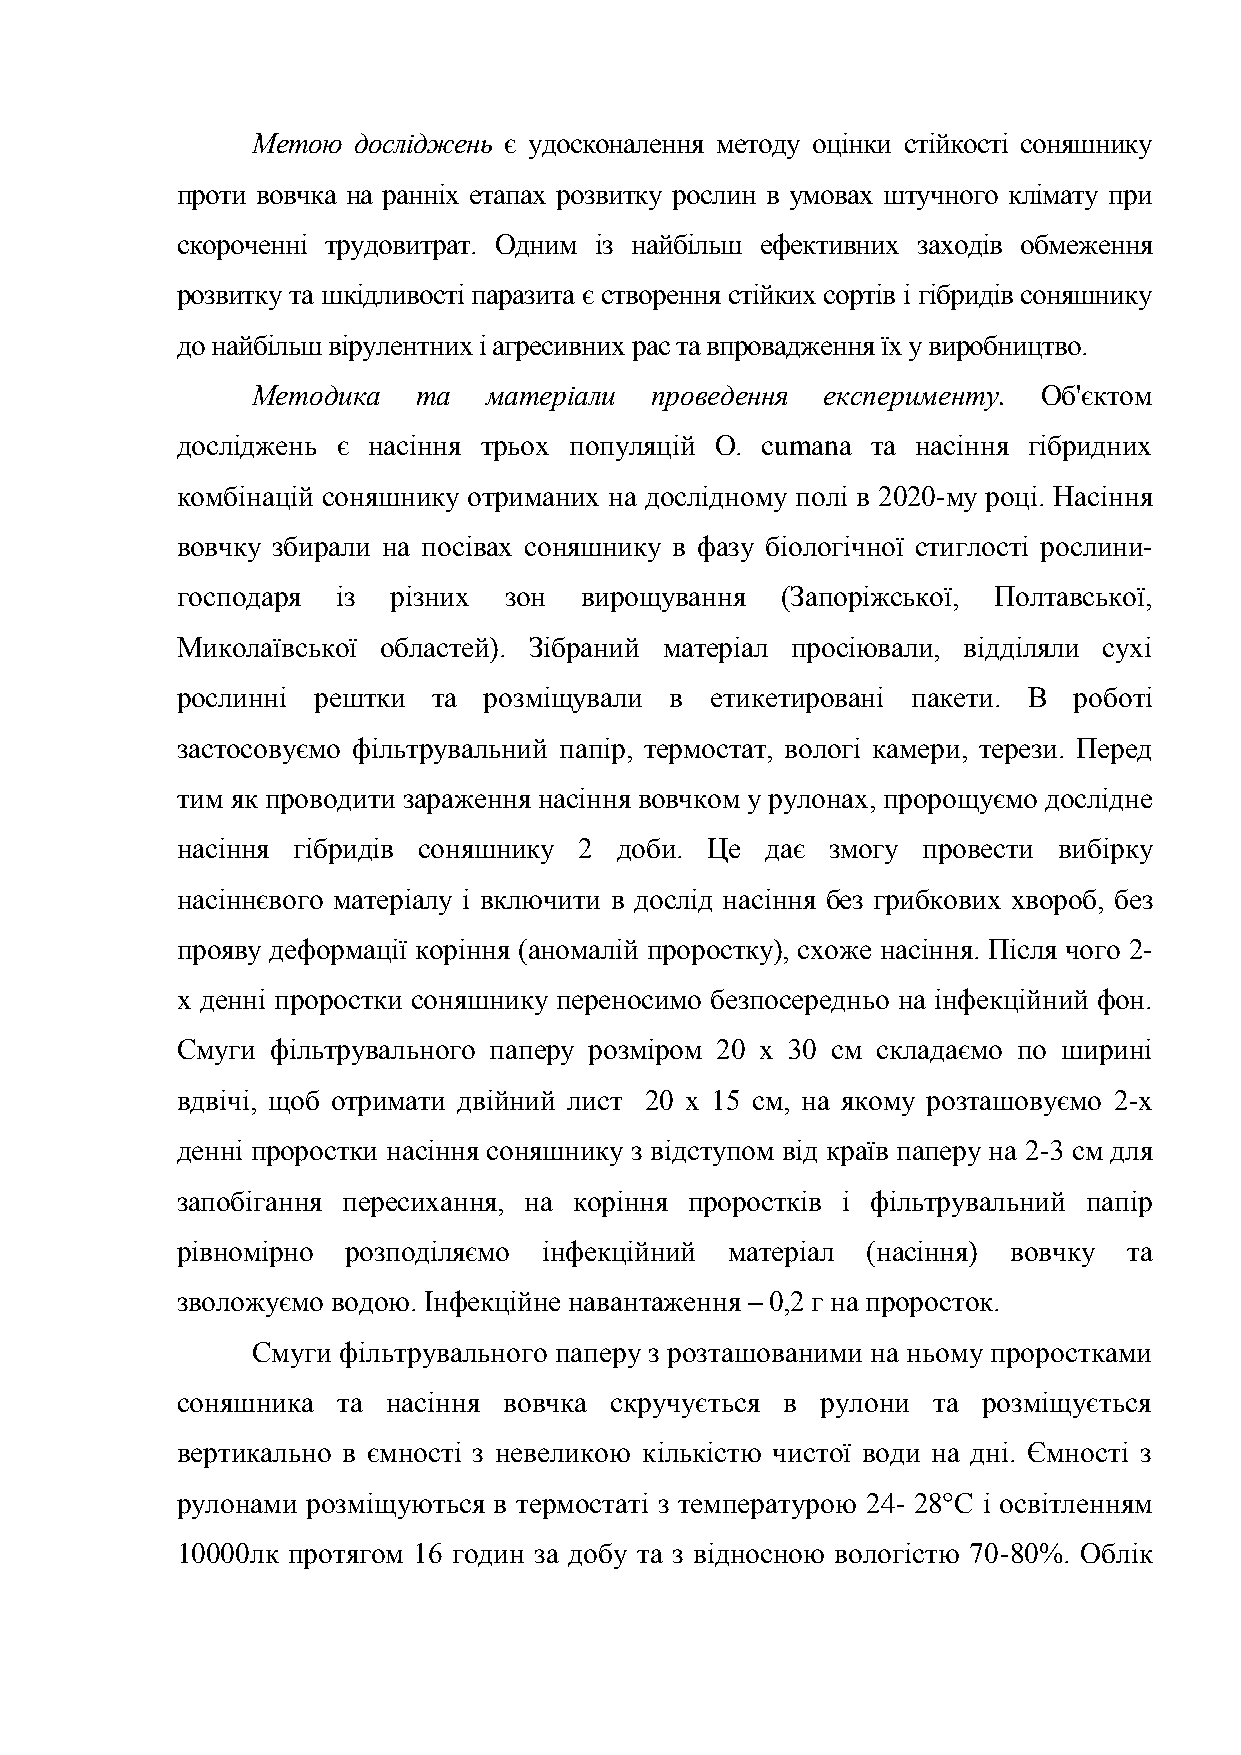
Метою досліджень є удосконалення методу оцінки стійкості соняшнику
 проти вовчка на ранніх етапах розвитку рослин в умовах штучного клімату при
 скороченні трудовитрат. Одним із найбільш ефективних заходів обмеження
 розвитку та шкідливості паразита є створення стійких сортів і гібридів соняшнику
 до найбільш вірулентних і агресивних рас та впровадження їх у виробництво.
 Методика   та  матеріали  проведення  експерименту. Об'єктом
 досліджень є насіння трьох популяцій O. cumana та насіння гібридних
 комбінацій соняшнику отриманих на дослідному полі в 2020-му році. Насіння
 вовчку збирали на посівах соняшнику в фазу біологічної стиглості рослини-
 господаря із  різних зон  вирощування   (Запоріжської, Полтавської,
 Миколаївської областей). Зібраний матеріал просіювали, відділяли сухі
 рослинні рештки  та розміщували в  етикетировані пакети. В роботі
 застосовуємо фільтрувальний папір, термостат, вологі камери, терези. Перед
 тим як проводити зараження насіння вовчком у рулонах, пророщуємо дослідне
 насіння гібридів соняшнику 2 доби. Це  дає змогу провести вибірку
 насіннєвого матеріалу і включити в дослід насіння без грибкових хвороб, без
 прояву деформації коріння (аномалій проростку), схоже насіння. Після чого 2-
 х денні проростки соняшнику переносимо безпосередньо на інфекційний фон.
 Смуги фільтрувального паперу розміром 20 х 30 см складаємо по ширині
 вдвічі, щоб отримати двійний лист 20 x 15 см, на якому розташовуємо 2-х
 денні проростки насіння соняшнику з відступом від країв паперу на 2-3 см для
 запобігання пересихання, на коріння проростків і фільтрувальний папір
 рівномірно розподіляємо інфекційний матеріал (насіння) вовчку  та
 зволожуємо водою. Інфекційне навантаження – 0,2 г на проросток.
 Смуги фільтрувального паперу з розташованими на ньому проростками
 соняшника та  насіння вовчка скручується в рулони та розміщується
 вертикально в ємності з невеликою кількістю чистої води на дні. Ємності з
 рулонами розміщуються в термостаті з температурою 24- 28°С і освітленням
 10000лк протягом 16 годин за добу та з відносною вологістю 70-80%. Облік